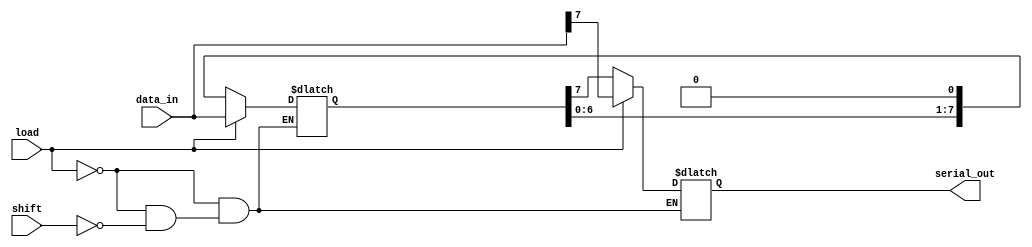
module PISO_Register #(
    parameter N = 8  // Width of the register (number of bits)
)(
    input wire [N-1:0] data_in,  // Parallel data input
    input wire load,               // Asynchronous load signal
    input wire shift,              // Asynchronous shift signal
    output reg serial_out          // Serial output
);

    reg [N-1:0] shift_reg;         // Shift register to hold the data

    always @(*) begin
        // Load operation: Load data_in into shift_reg when load is asserted
        if (load) begin
            shift_reg = data_in;
            serial_out = shift_reg[N-1]; // Output the MSB initially
        end
        // Shift operation: Shift data out when shift is asserted
        else if (shift) begin
            serial_out = shift_reg[N-1]; // Output the MSB
            shift_reg = {shift_reg[N-2:0], 1'b0}; // Shift left and fill LSB with 0
        end
    end

endmodule